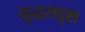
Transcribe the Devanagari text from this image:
युद्धसदृश